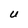
Character: U